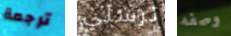
ترجمة ترسلي وصفه